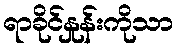
ရာခိုင်နှုန်းကိုသာ